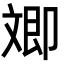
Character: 𣁚